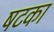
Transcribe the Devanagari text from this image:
षटका